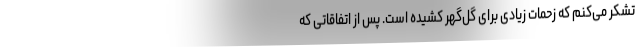
تشکر می‌کنم که زحمات زیادی برای گل‌گهر کشیده است. پس از اتفاقاتی که